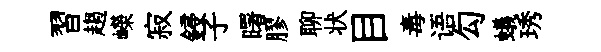
習趨嶸寂鋟子曙膠聊状目毒语勾蟻琇